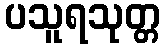
ပသူရသုတ္တ